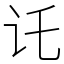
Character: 讬